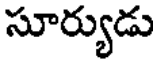
సూర్యుడు